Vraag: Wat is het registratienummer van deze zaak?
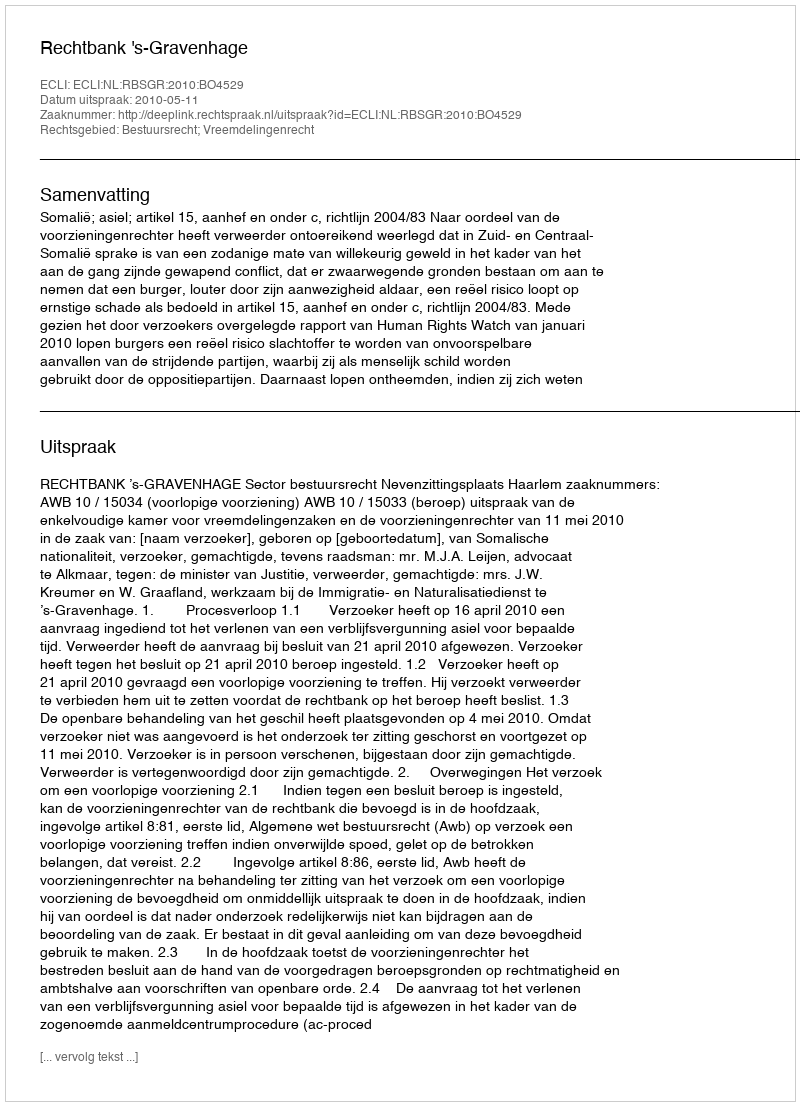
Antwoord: http://deeplink.rechtspraak.nl/uitspraak?id=ECLI:NL:RBSGR:2010:BO4529